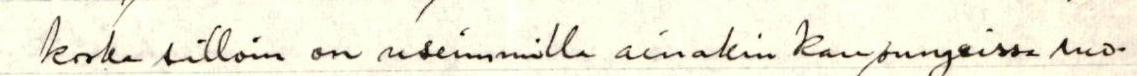
koska silloin  on useimmilla ainakin kaupungeissa ruo-